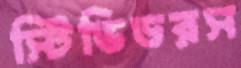
স্টিভিডরস